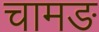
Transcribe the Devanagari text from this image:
चामङ